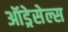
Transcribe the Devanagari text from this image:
ऑड्रेसेल्स